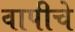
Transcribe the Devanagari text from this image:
वापीचे